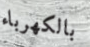
بالكهرباء